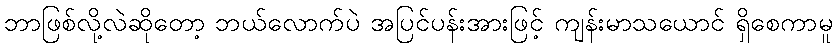
ဘာဖြစ်လို့လဲဆိုတော့ ဘယ်လောက်ပဲ အပြင်ပန်းအားဖြင့် ကျန်းမာသယောင် ရှိစေကာမူ